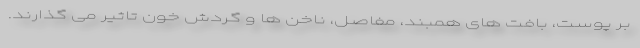
بر پوست، بافت های همبند، مفاصل، ناخن ها و گردش خون تاثیر می گذارند.